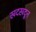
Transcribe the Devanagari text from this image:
खदखदून